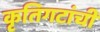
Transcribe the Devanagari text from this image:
कृतिगटांची